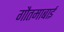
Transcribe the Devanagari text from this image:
गौतमाबाई